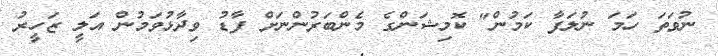
ނުވަތަ ހަމަ ނުލަފާ ކަމުން" ކޮމިޝަންގެ މެންބަރުންނަށް ފާޑު ވިދާޅުވަމުން އަލީ ޒަހީރު